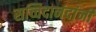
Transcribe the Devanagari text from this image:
सच्चिदानंदांनी